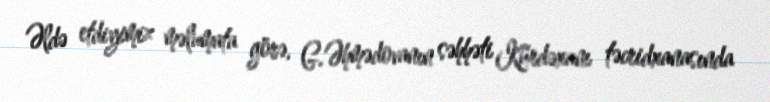
Əldə etdiyimiz məlumata görə, G.Əhmədovanın səhhəti Kürdəxanı təcridxanasında